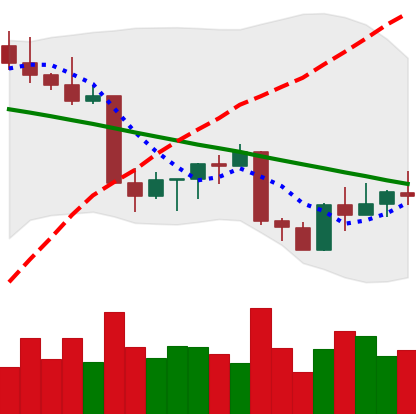
Ticker: ETH-USD
Chart end date: 2022-09-02
Forward return: 3.34%
Label: up_3_5